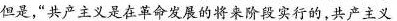
但是，”共产主义是在革命发展的将来阶段实行的，共产主义